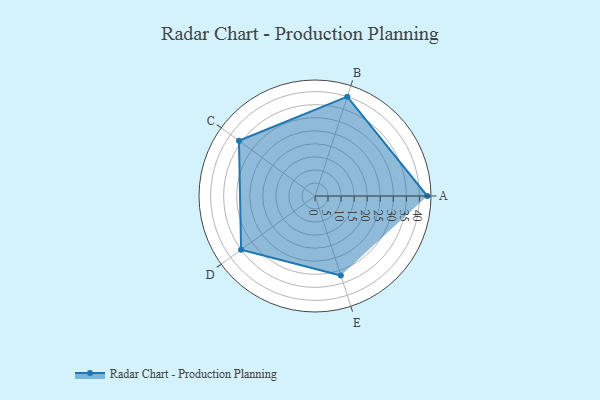
{"axis": {"x": "Skill", "y": "Score"}, "legend": ["Profile"], "data": [{"x": "A", "y": 43.0, "type": "Profile"}, {"x": "B", "y": 40.0, "type": "Profile"}, {"x": "C", "y": 36.0, "type": "Profile"}, {"x": "D", "y": 35.0, "type": "Profile"}, {"x": "E", "y": 32.0, "type": "Profile"}]}